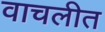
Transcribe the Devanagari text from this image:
वाचलीत